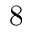
8